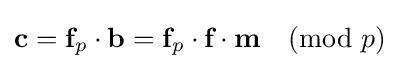
{\textbf {c}}={\textbf {f}}_{p}\cdot {\textbf {b}}={\textbf {f}}_{p}\cdot {\textbf {f}}\cdot {\textbf {m}}{\pmod {p}}